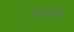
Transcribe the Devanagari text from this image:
टिळकांसह